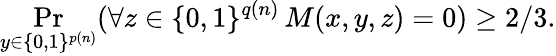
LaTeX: \Pr_{y\in\{ 0,1\} ^{p(n)}}(\forall z\in\{ 0,1\} ^{q(n)}\, M(x,y,z)=0)\geq 2/3.